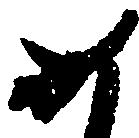
如